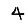
Digit: 4